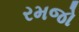
રમજો